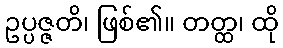
ဥပ္ပဇ္ဇတိ၊ ဖြစ်၏။ တတ္ထ၊ ထို